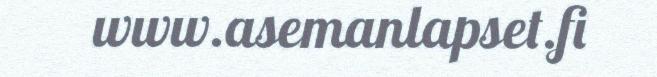
www.asemanlapset.fi